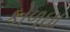
કોળઘા